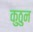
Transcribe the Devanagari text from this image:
कुठुन